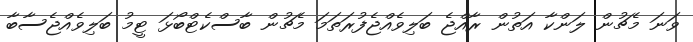
ވަނަ މެޗުން ލަންކާ އަތުން ރާއްޖެ ބަލިވެއްޖެފުރަތަމަ މެޗުން ބާސްކެޓްބޯޅަ ޓީމު ބަލިވެއްޖެސާބާ